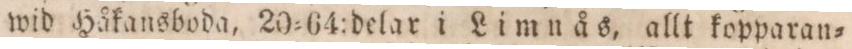
wid Håkansboda, 20=64:delar i Limnås, allt kopparan=